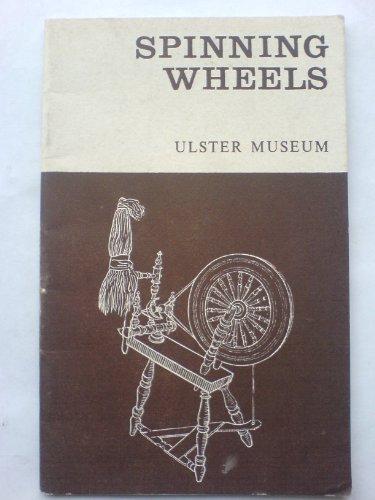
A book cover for Spinning Wheels; THOMPSON G B; Crafts, Hobbies & Home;